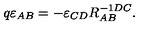
q \varepsilon _ { A B } = - \varepsilon _ { C D } R _ { A B } ^ { - 1 D C } .